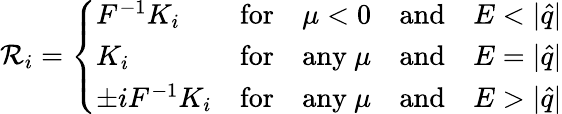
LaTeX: \mathcal{R}_{i}=\left\{ \begin{array}{lllll}{{{F}^{-1}{K}_{i}}}&{{\mathrm{for}}}&{{\mu<0}}&{{\mathrm{and}}}&{{E<|\hat{q}|}}\\ {{{K}_{i}}}&{{\mathrm{for}}}&{{\mathrm{any}~\mu}}&{{\mathrm{and}}}&{{E=|\hat{q}|}}\\ {{\pm i{F}^{-1}{K}_{i}}}&{{\mathrm{for}}}&{{\mathrm{any}~\mu}}&{{\mathrm{and}}}&{{E>|\hat{q}|}}\end{array}\right.